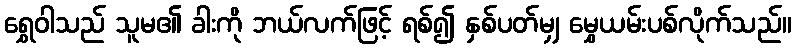
ရွှေဝါသည် သူမ၏ ခါးကို ဘယ်လက်ဖြင့် ရစ်၍ နှစ်ပတ်မျှ မွှေယမ်းပစ်လိုက်သည်။